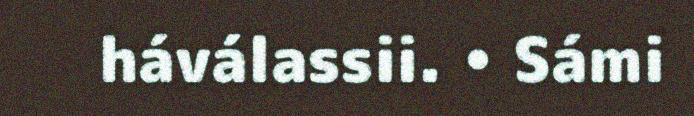
háválassii. • Sámi